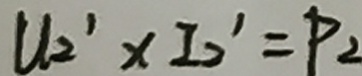
U _ { 2 } ^ { \prime } \times I _ { 2 } ^ { \prime } = P _ { 2 }